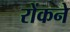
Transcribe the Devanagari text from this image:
रोंकने